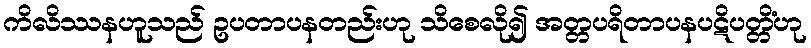
ကိလိဿနဟူသည် ဥပတာပနတည်းဟု သိစေလို၍ အတ္တပရိတာပနပဋိပတ္တိံဟု